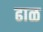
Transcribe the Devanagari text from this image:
ढाळ